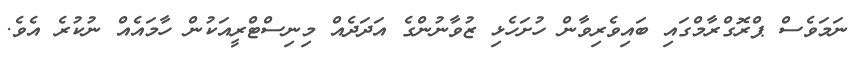
ނަމަވެސް ޕްރޮގްރާމްގައި ބައިވެރިވާން ހުށަހެޅި ޒުވާނުންގެ އަދަދެއް މިނިސްޓްރީއަކުން ހާމައެއް ނުކުރެ އެވެ.